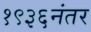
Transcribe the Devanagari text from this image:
१९३६नंतर